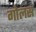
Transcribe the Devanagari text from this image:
गोलस